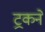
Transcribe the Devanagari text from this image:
ट्रकने